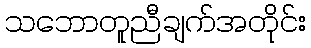
သဘောတူညီချက်အတိုင်း